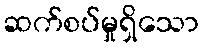
ဆက်စပ်မှုရှိသော